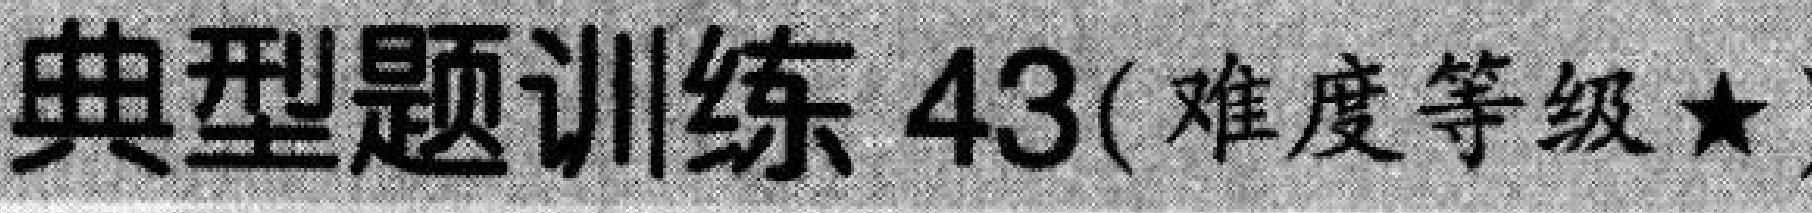
典型题训练 43(难度等级★)